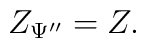
Z_{\Psi ^{\prime \prime }}=Z.